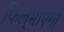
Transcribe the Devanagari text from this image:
फिल्माएगा